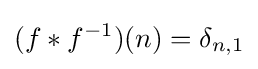
(f\ast f^{-1})(n)=\delta _{n,1}